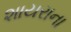
શાયરાના